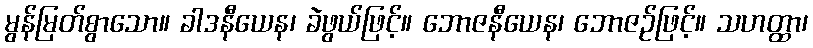
မွန်မြတ်စွာသော။ ခါဒနီယေန၊ ခဲဖွယ်ဖြင့်။ ဘောဇနီယေန၊ ဘောဇဉ်ဖြင့်။ သဟတ္ထာ၊